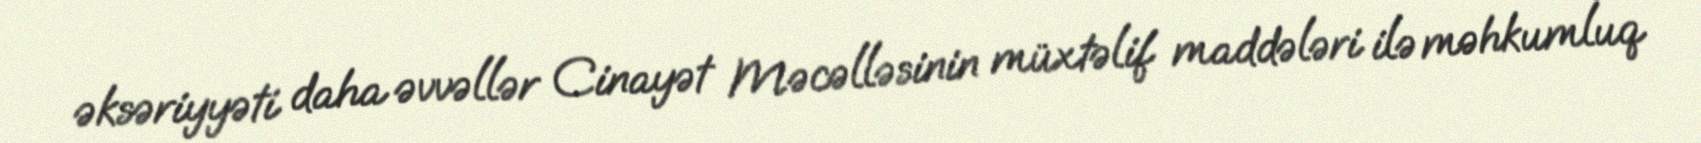
əksəriyyəti daha əvvəllər Cinayət Məcəlləsinin müxtəlif maddələri ilə məhkumluq